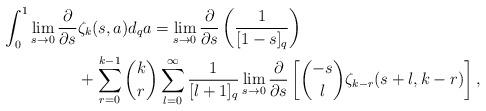
LaTeX: \begin{align*}\begin{aligned}\int_0^1 \lim_{s\to0}\frac{\partial}{\partial s}&\zeta_k(s,a)d_qa=\lim_{s\to0}\frac{\partial}{\partial s}\left(\frac{1}{[1-s]_q}\right) \\&+\sum_{r=0}^{k-1}\binom kr \sum_{l=0}^\infty \frac1{[l+1]_q}\lim_{s\to0}\frac{\partial}{\partial s}\left[\binom{-s}{l}\zeta_{k-r}(s+l,k-r)\right],\end{aligned}\end{align*}